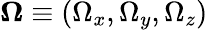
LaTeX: \mathbf{\Omega}\equiv(\Omega_{x},\Omega_{y},\Omega_{z})